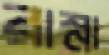
রাস্না